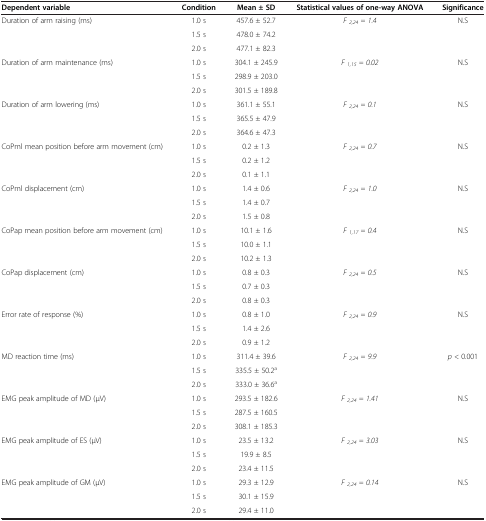
<table><thead><tr><td><b>Dependent variable</b></td><td><b>Condition</b></td><td><b>Mean ± SD</b></td><td><b>Statistical values of one-way ANOVA</b></td><td><b>Significance</b></td></tr></thead><tbody><tr><td rowspan="3">Duration of arm raising (ms)</td><td>1.0 s</td><td>457.6 ± 52.7</td><td rowspan="3"><i>F</i><sub><i>2,24</i></sub><i>= 1.4</i></td><td rowspan="3">N.S</td></tr><tr><td>1.5 s</td><td>478.0 ± 74.2</td></tr><tr><td>2.0 s</td><td>477.1 ± 82.3</td></tr><tr><td rowspan="3">Duration of arm maintenance (ms)</td><td>1.0 s</td><td>304.1 ± 245.9</td><td rowspan="3"><i>F</i><sub><i>1,15</i></sub><i>= 0.02</i></td><td rowspan="3">N.S</td></tr><tr><td>1.5 s</td><td>298.9 ± 203.0</td></tr><tr><td>2.0 s</td><td>301.5 ± 189.8</td></tr><tr><td rowspan="3">Duration of arm lowering (ms)</td><td>1.0 s</td><td>361.1 ± 55.1</td><td rowspan="3"><i>F</i><sub><i>2,24</i></sub><i>= 0.1</i></td><td rowspan="3">N.S</td></tr><tr><td>1.5 s</td><td>365.5 ± 47.9</td></tr><tr><td>2.0 s</td><td>364.6 ± 47.3</td></tr><tr><td rowspan="3">CoPml mean position before arm movement (cm)</td><td>1.0 s</td><td>0.2 ± 1.3</td><td rowspan="3"><i>F</i><sub><i>2,24</i></sub><i>= 0.7</i></td><td rowspan="3">N.S</td></tr><tr><td>1.5 s</td><td>0.2 ± 1.2</td></tr><tr><td>2.0 s</td><td>0.1 ± 1.1</td></tr><tr><td rowspan="3">CoPml displacement (cm)</td><td>1.0 s</td><td>1.4 ± 0.6</td><td rowspan="3"><i>F</i><sub><i>2,24</i></sub><i>= 1.0</i></td><td rowspan="3">N.S</td></tr><tr><td>1.5 s</td><td>1.4 ± 0.7</td></tr><tr><td>2.0 s</td><td>1.5 ± 0.8</td></tr><tr><td rowspan="3">CoPap mean position before arm movement (cm)</td><td>1.0 s</td><td>10.1 ± 1.6</td><td rowspan="3"><i>F</i><sub><i>1,17</i></sub><i>= 0.4</i></td><td rowspan="3">N.S</td></tr><tr><td>1.5 s</td><td>10.0 ± 1.1</td></tr><tr><td>2.0 s</td><td>10.2 ± 1.3</td></tr><tr><td rowspan="3">CoPap displacement (cm)</td><td>1.0 s</td><td>0.8 ± 0.3</td><td rowspan="3"><i>F</i><sub><i>2,24</i></sub><i>= 0.5</i></td><td rowspan="3">N.S</td></tr><tr><td>1.5 s</td><td>0.7 ± 0.3</td></tr><tr><td>2.0 s</td><td>0.8 ± 0.3</td></tr><tr><td rowspan="3">Error rate of response (%)</td><td>1.0 s</td><td>0.8 ± 1.0</td><td rowspan="3"><i>F</i><sub><i>2,24</i></sub><i>= 0.9</i></td><td rowspan="3">N.S</td></tr><tr><td>1.5 s</td><td>1.4 ± 2.6</td></tr><tr><td>2.0 s</td><td>0.9 ± 1.2</td></tr><tr><td rowspan="3">MD reaction time (ms)</td><td>1.0 s</td><td>311.4 ± 39.6</td><td rowspan="3"><i>F</i><sub><i>2,24</i></sub><i>= 9.9</i></td><td rowspan="3"><i>p</i> &lt; 0.001</td></tr><tr><td>1.5 s</td><td>335.5 ± 50.2<sup>a</sup></td></tr><tr><td>2.0 s</td><td>333.0 ± 36.6<sup>a</sup></td></tr><tr><td rowspan="3">EMG peak amplitude of MD (μV)</td><td>1.0 s</td><td>293.5 ± 182.6</td><td rowspan="3"><i>F</i><sub><i>2,24</i></sub><i>= 1.41</i></td><td rowspan="3">N.S</td></tr><tr><td>1.5 s</td><td>287.5 ± 160.5</td></tr><tr><td>2.0 s</td><td>308.1 ± 185.3</td></tr><tr><td rowspan="3">EMG peak amplitude of ES (μV)</td><td>1.0 s</td><td>23.5 ± 13.2</td><td rowspan="3"><i>F</i><sub><i>2,24</i></sub><i>= 3.03</i></td><td rowspan="3">N.S</td></tr><tr><td>1.5 s</td><td>19.9 ± 8.5</td></tr><tr><td>2.0 s</td><td>23.4 ± 11.5</td></tr><tr><td rowspan="2">EMG peak amplitude of GM (μV)</td><td>1.0 s</td><td>29.3 ± 12.9</td><td rowspan="2"><i>F</i><sub><i>2,24</i></sub><i>= 0.14</i></td><td rowspan="2">N.S</td></tr><tr><td>1.5 s</td><td>30.1 ± 15.9</td></tr><tr><td> </td><td>2.0 s</td><td>29.4 ± 11.0</td><td colspan="2"> </td></tr></tbody></table>